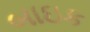
બાઇક